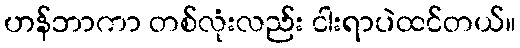
ဟန်ဘာကာ တစ်လုံးလည်း ငါးရာပဲထင်တယ်။